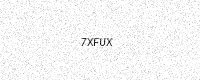
Text: 7XFUX